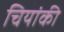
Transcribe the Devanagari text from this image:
चियांकी